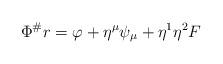
LaTeX: \begin{align*}\Phi^\#r = \varphi + \eta^\mu\psi_\mu + \eta^1\eta^2 F\end{align*}